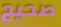
صحيح